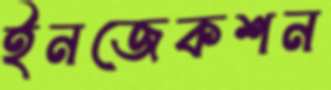
ইনজেকশন